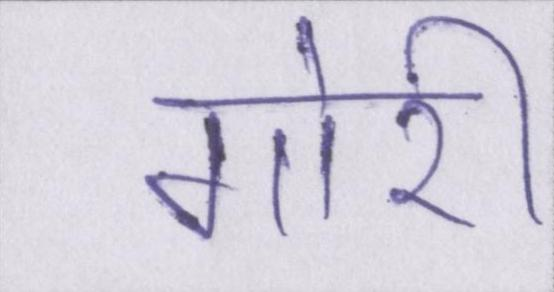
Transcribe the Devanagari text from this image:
गोरी